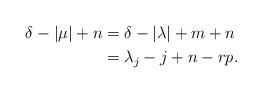
LaTeX: \begin{align*}\delta-|\mu|+n&=\delta-|\lambda|+m+n\\&=\lambda_j-j+n-rp.\end{align*}